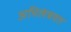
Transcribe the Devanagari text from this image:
अभिलंबवत